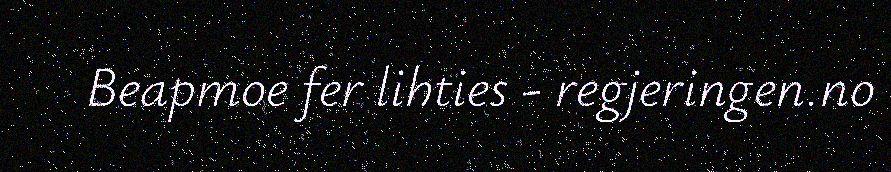
Beapmoe fer lihties - regjeringen.no